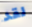
لقد